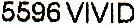
5596 VIVID